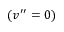
( v ^ { \prime \prime } = 0 )